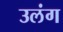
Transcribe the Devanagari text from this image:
उलंग